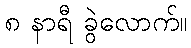
၈ နာရီ ခွဲလောက်။